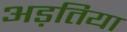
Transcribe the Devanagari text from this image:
अड़तिया